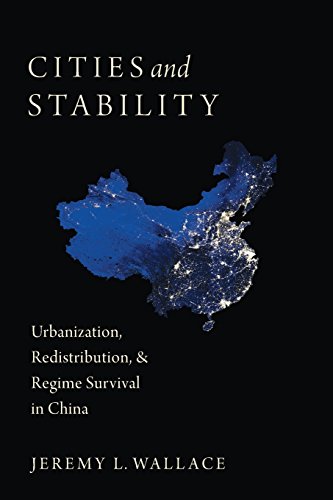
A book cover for Cities and Stability: Urbanization, Redistribution, and Regime Survival in China; Jeremy Wallace; Law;